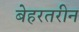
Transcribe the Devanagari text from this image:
बेहरतरीन